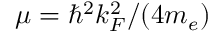
\mu = \hbar ^ { 2 } k _ { F } ^ { 2 } / ( 4 m _ { e } )